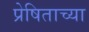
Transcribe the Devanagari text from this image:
प्रेषिताच्या